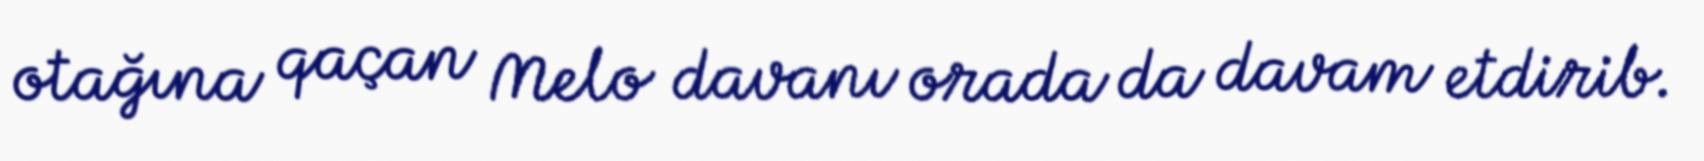
otağına qaçan Melo davanı orada da davam etdirib.